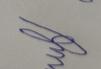
Signature authenticity: forged